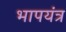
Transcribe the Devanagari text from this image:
भापयंत्र